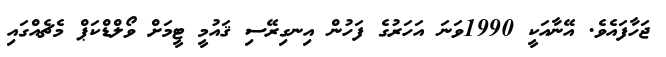
ޖަހާފައެވެ. އޭނާއަކީ 1990ވަނަ އަހަރުގެ ފަހުން އިނގިރޭސި ޤައުމީ ޓީމަށް ވޯލްޑްކަޕް މެޗެއްގައި